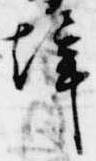
聲